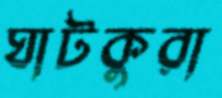
ঘাটকুরা